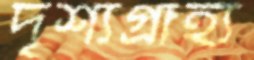
দৃশ্যগ্রাহ্য